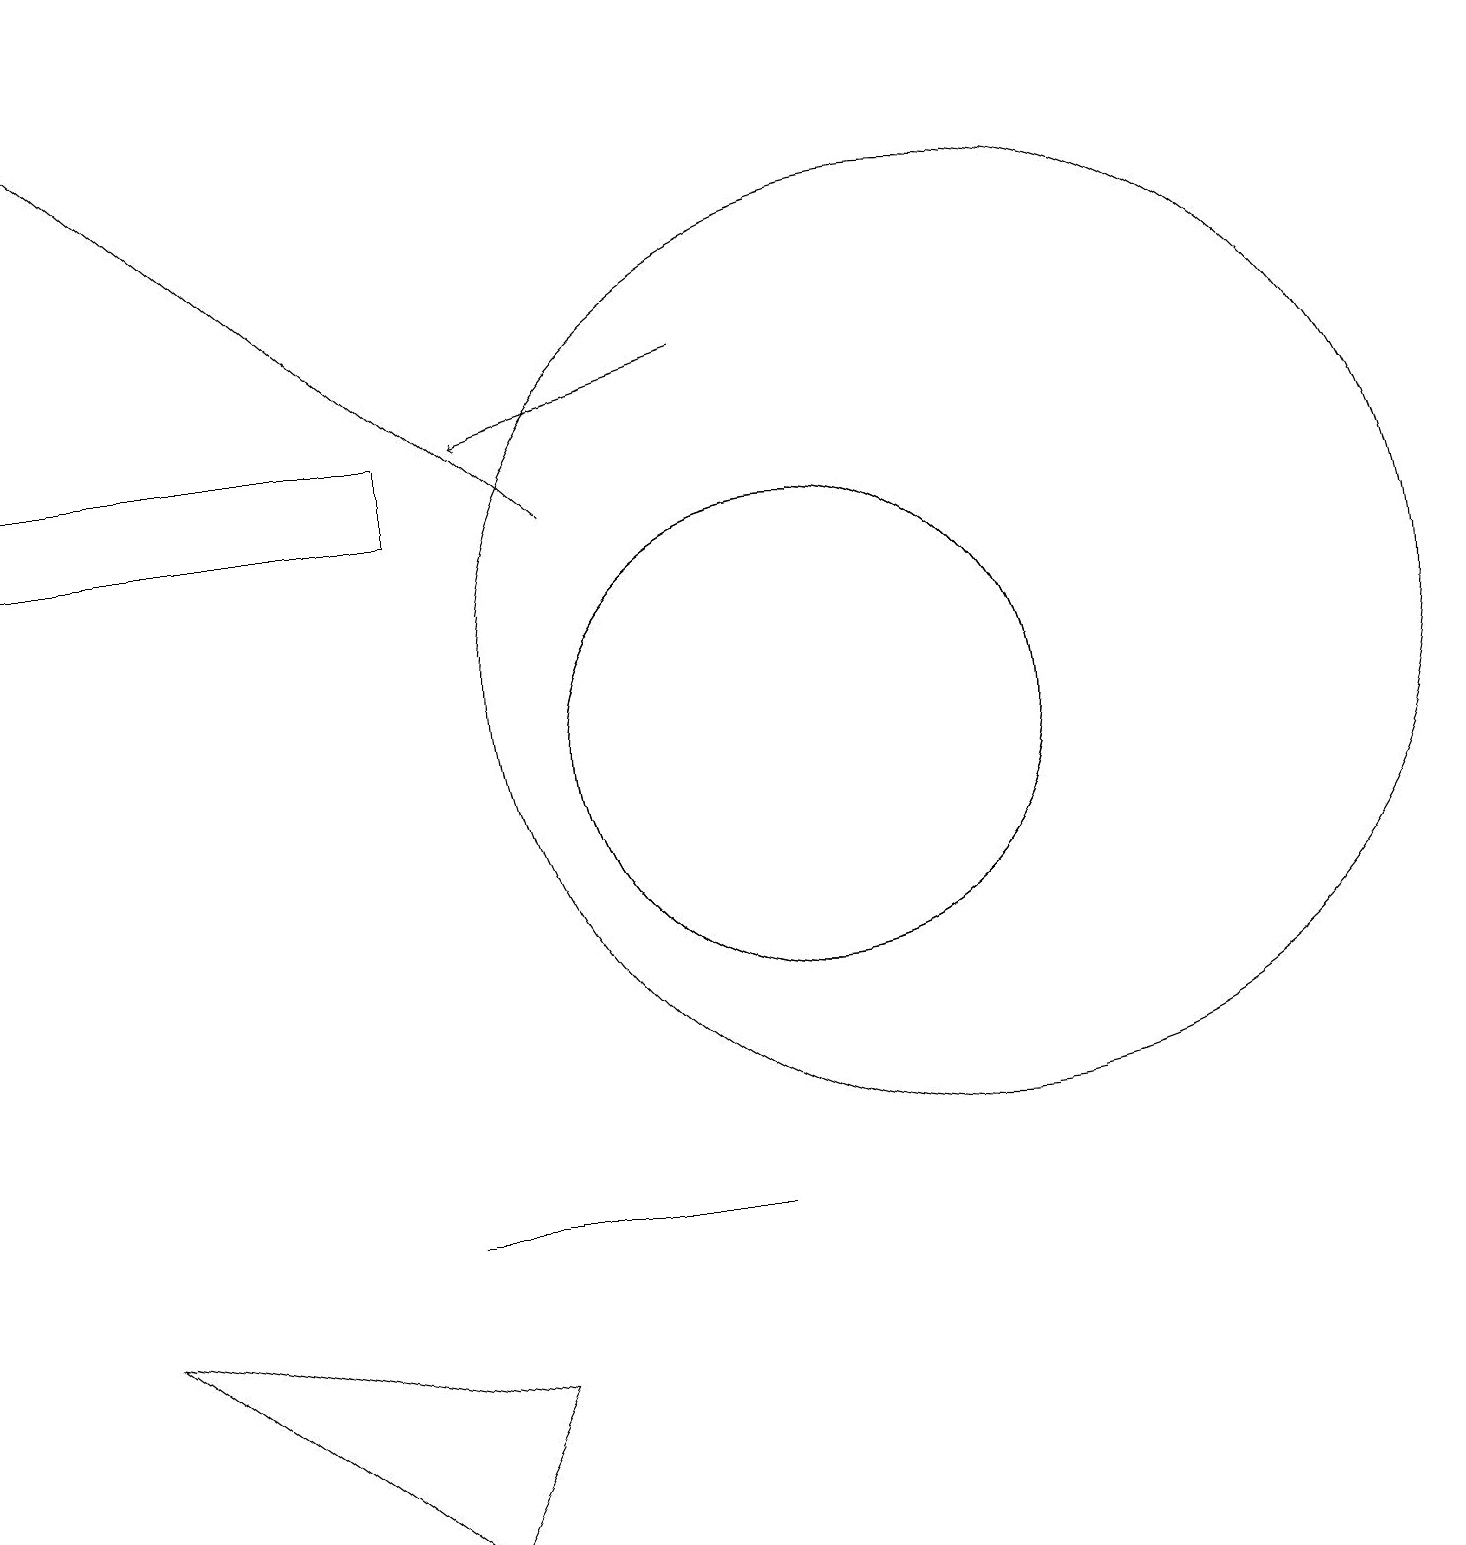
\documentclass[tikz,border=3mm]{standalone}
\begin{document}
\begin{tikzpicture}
\draw[->] (9,15) -- (6,14);
\draw (12,11) circle (6);
\draw (5,4) -- (9,4) -- (6,4) -- cycle;
\draw (0,13) rectangle (5,14);
\draw (10,10) circle (3);
\draw[->] (7,13) -- (0,19);
\draw (10,10) circle (3);
\draw (1,3) -- (6,2) -- (5,0) -- cycle;
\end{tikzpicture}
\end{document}